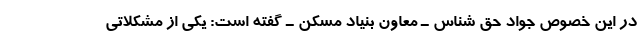
در این خصوص جواد حق شناس ـ معاون بنیاد مسکن ـ گفته است: یکی از مشکلاتی